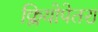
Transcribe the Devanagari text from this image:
क्लियोपेतरा